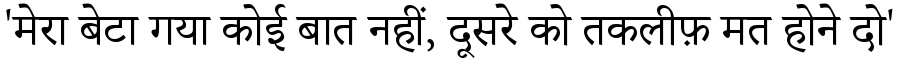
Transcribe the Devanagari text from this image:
'मेरा बेटा गया कोई बात नहीं, दूसरे को तकलीफ़ मत होने दो'